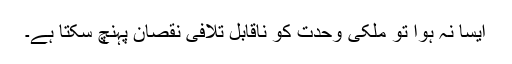
ایسا نہ ہوا تو ملکی وحدت کو ناقابل تلافی نقصان پہنچ سکتا ہے۔